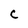
Character: C